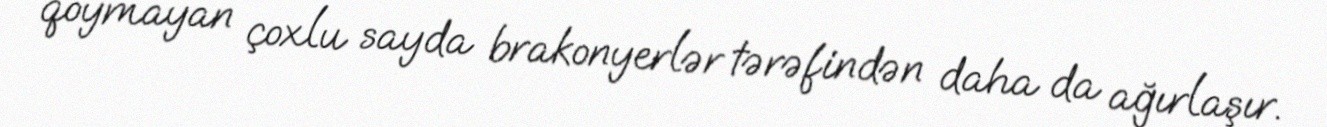
qoymayan çoxlu sayda brakonyerlər tərəfindən daha da ağırlaşır.